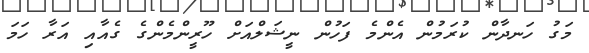
މަގު ހަނދާން ކުރަމުން އެންމެ ފަހުން ނީޝަލްއަށް ހޫރީންމެންގެ ގެއާއި އަރާ ހަމަ